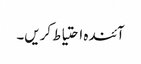
آئندہ احتیاط کریں۔